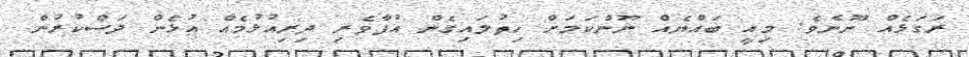
ރަގަޅެއް ނޫނެވެ. މިއީ ބައްޔެއް ނޫންކަމަށް ހިތުލައިގެން އުފާވެރި ދިރިއުޅުމެއް އުޅެން ދަސްކުރުން